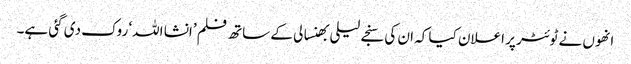
انھوں نے ٹوئٹر پر اعلان کیا کہ ان کی سنجے لیلی بھنسالی کے ساتھ فلم ’انشا اللہ‘ روک دی گئی ہے۔